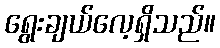
ရွေးချယ်လေ့ရှိသည်။